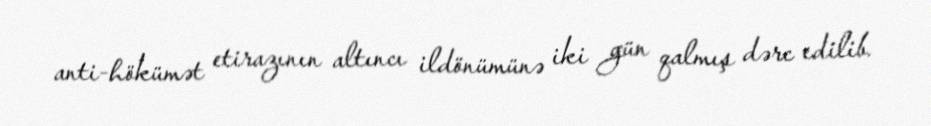
anti-hökümət etirazının altıncı ildönümünə iki gün qalmış dərc edilib.